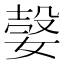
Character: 𡠆